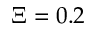
\Xi = 0 . 2